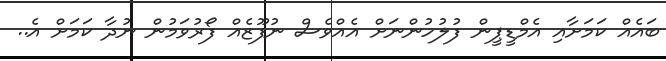
ބައެއް ކަމަށާއި އެމްޑީޕީން ފުލުހުންނަށް އެއްވެސް ނުފޫޒެއް ފޯރުވަމުން ނުދާ ކަމަށް އެ..